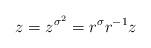
LaTeX: \begin{align*} z=z^{\sigma^2}=r^{\sigma}r^{-1}z\end{align*}